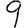
Digit: 9